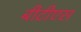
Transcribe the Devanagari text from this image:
बीटीएस